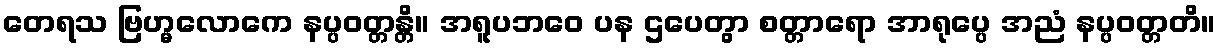
တေရသ ဗြဟ္မလောကေ နပ္ပဝတ္တန္တိ။ အရူပဘဝေ ပန ဌပေတွာ စတ္တာရော အာရုပ္ပေ အညံ နပ္ပဝတ္တတိ။